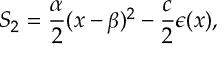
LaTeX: S _ { 2 } = \frac { \alpha } { 2 } ( x - \beta ) ^ { 2 } - \frac { c } { 2 } \epsilon ( x ) ,